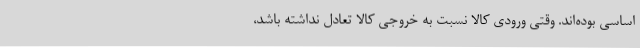
اساسی بوده‌اند. وقتی ورودی کالا نسبت به خروجی کالا تعادل نداشته باشد،